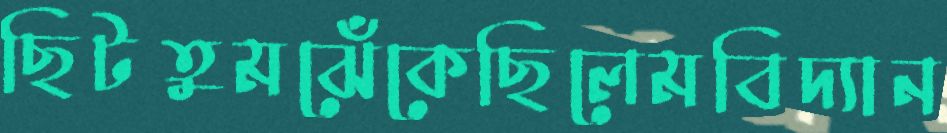
ছিটতুমঝেঁকেছিলেমবিদ্যান